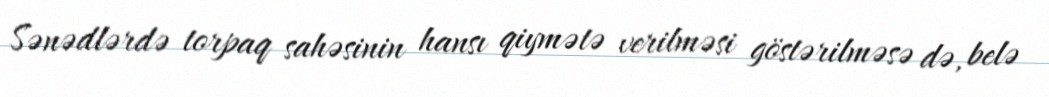
Sənədlərdə torpaq sahəsinin hansı qiymətə verilməsi göstərilməsə də, belə